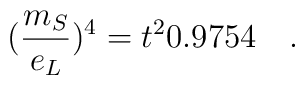
(\frac{m_{S}}{e_{L}})^{4}=t^2 0.9754\quad .